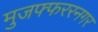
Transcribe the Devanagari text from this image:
मुजफ्फररनगर